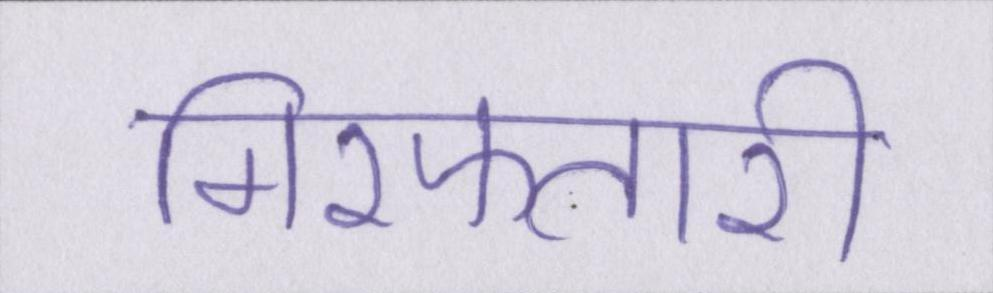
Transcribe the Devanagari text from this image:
गिरफ्तारी